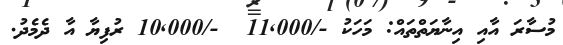
މުސާރަ އާއި އިނާޔަތްތައް: މަހަކު -/11